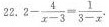
2- \frac{4}{x-3}= \frac{1}{3-x}